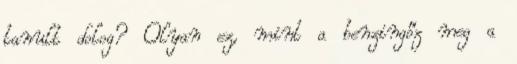
tanult dolog? Olyan ez, mint a benzingőz meg a